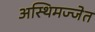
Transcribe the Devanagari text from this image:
अस्थिमज्जेत